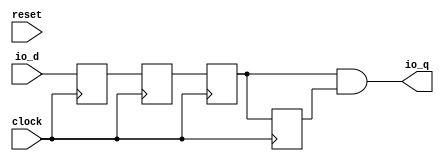
 /*                                                                      
 Copyright 2018 Nuclei System Technology, Inc.                
                                                                         
 Licensed under the Apache License, Version 2.0 (the "License");         
 you may not use this file except in compliance with the License.        
 You may obtain a copy of the License at                                 
                                                                         
     http://www.apache.org/licenses/LICENSE-2.0                          
                                                                         
  Unless required by applicable law or agreed to in writing, software    
 distributed under the License is distributed on an "AS IS" BASIS,       
 WITHOUT WARRANTIES OR CONDITIONS OF ANY KIND, either express or implied.
 See the License for the specific language governing permissions and     
 limitations under the License.                                          
 */                                                                      
                                                                         
                                                                         
                                                                         
module sirv_DeglitchShiftRegister(
  input   clock,
  input   reset,
  input   io_d,
  output  io_q
);
  reg  T_8;
  reg [31:0] GEN_0;
  reg  T_9;
  reg [31:0] GEN_1;
  reg  sync;
  reg [31:0] GEN_2;
  reg  last;
  reg [31:0] GEN_3;
  wire  T_12;
  assign io_q = T_12;
  assign T_12 = sync & last;
  always @(posedge clock) begin// sync reg do not need reset, and the external reset is tied to 1, do not use it
    T_8 <= io_d;
    T_9 <= T_8;
    sync <= T_9;
    last <= sync;
  end
endmodule